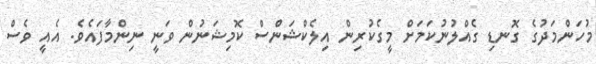
މުހަންމަދުގެ ގޮނޑި ގެއްލުނުކަމަށް މީގެކުރިން އިލެކްޝަންސް ކޮމިޝަނުން ވަނީ ނިންމާފައެވެ. އެއީ ވެސް